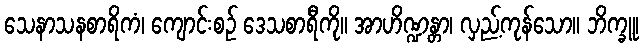
သေနာသနစာရိကံ၊ ကျောင်းစဉ် ဒေသစာရီကို။ အာဟိဏ္ဍန္တာ၊ လှည့်ကုန်သော။ ဘိက္ခူ၊